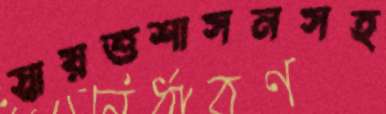
স্বায়ত্তশাসনসহ